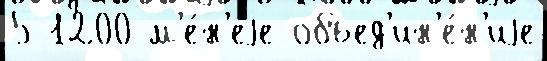
5 1200 м'е́н'еjе объед'ин'е́н'иjе